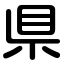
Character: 県